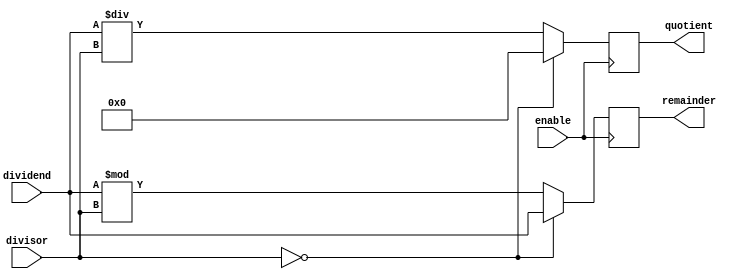
module divider(
    input wire [31:0] dividend,
    input wire [31:0] divisor,
    input wire enable,
    output reg [31:0] quotient,
    output reg [31:0] remainder
);

always @ (posedge enable) begin
    if (divisor == 0) begin
        quotient <= 0;
        remainder <= dividend;
    end else begin
        quotient <= dividend / divisor;
        remainder <= dividend % divisor;
    end
end

endmodule